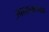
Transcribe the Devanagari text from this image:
उपादानात्मक